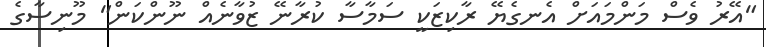
"އޭރު ވެސް މަންމައަށް އެނގެޔޭ ރާކިޒަކީ ސަމާސާ ކުރާނޭ ޒުވާނެއް ނޫންކަން" މޫނިސާގެ